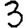
Digit: 3